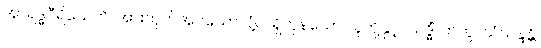
အာရဒ္ဓဝီရိယေဟိ၊ အားထုတ်အပ်သောလုံ့လရှိကုန်သော သူတို့နှင့်။ သဒ္ဓိံ၊ တကွ။ သံသန္ဒန္တိ၊